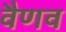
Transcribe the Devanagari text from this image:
वैणव